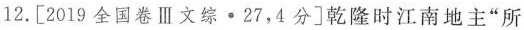
12. [ 2019全国卷Ⅲ文综·27，4分 ]乾隆时江南地主”所